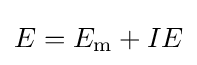
E=E_{\text{m}}+IE